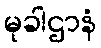
မုခါဌာနံ